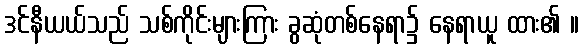
ဒင်နီယယ်သည် သစ်ကိုင်းများကြား ခွဆုံတစ်နေရာ၌ နေရာယူ ထား၏ ။